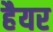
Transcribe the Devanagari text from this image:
हैयर